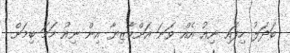
ބަދަލު ހިފައި ނިއު އެއް ވަނަ އަށްމާޒިޔާ އިން ނިއު ހަމަ ބިމަށް